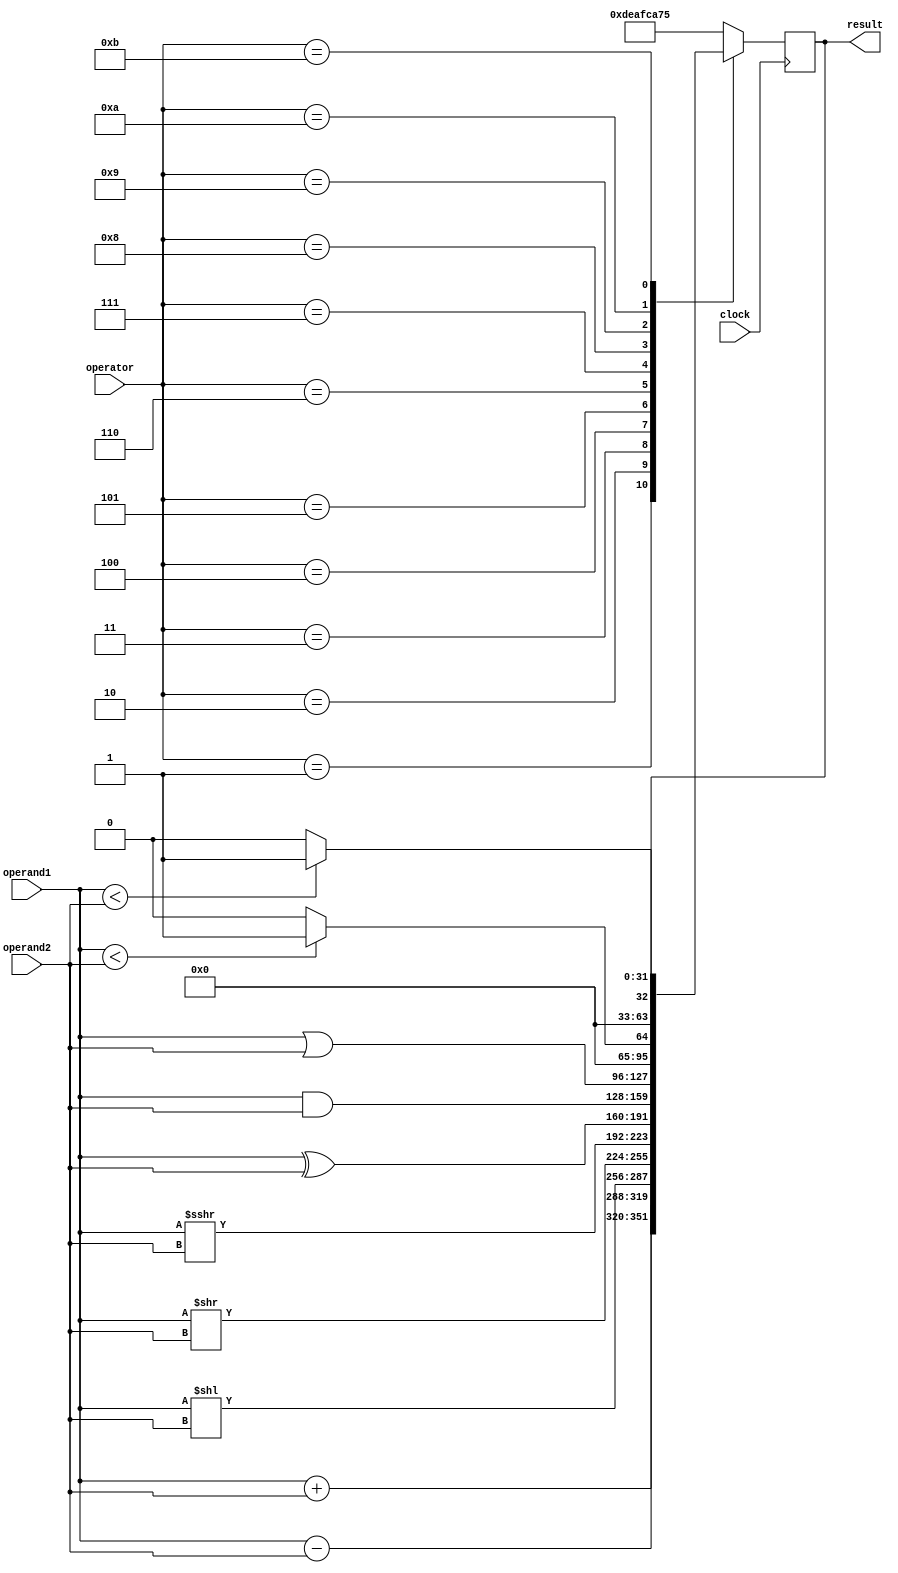
// This program was cloned from: https://github.com/bradgrantham/alice5
// License: Apache License 2.0

// ALU
module ALU
    #(parameter WORD_WIDTH=32) 
(
    input wire clock,
    input wire [WORD_WIDTH-1:0] operand1,
    input wire [WORD_WIDTH-1:0] operand2,
    input wire [3:0] operator,
    output reg [WORD_WIDTH-1:0] result
);

    localparam ALU_OP_ADD = 4'd1;
    localparam ALU_OP_SUB = 4'd2;
    localparam ALU_OP_SLL = 4'd3;
    localparam ALU_OP_SRL = 4'd4;
    localparam ALU_OP_SRA = 4'd5;
    localparam ALU_OP_XOR = 4'd6;
    localparam ALU_OP_AND = 4'd7;
    localparam ALU_OP_OR = 4'd8;
    localparam ALU_OP_SLT = 4'd9;
    localparam ALU_OP_SLTU = 4'd10;
    localparam ALU_OP_NONE = 4'd11;

    always @(posedge clock) begin

        case(operator)
           ALU_OP_ADD: begin
               result <= $signed(operand1) + $signed(operand2);
           end
           ALU_OP_SUB: begin
               result <= $signed(operand1) - $signed(operand2);
           end
           ALU_OP_SLL: begin
               result <= operand1 << operand2;
           end
           ALU_OP_SRL: begin
               result <= operand1 >> operand2;
           end
           ALU_OP_SRA: begin
               result <= $signed(operand1) >>> operand2;
           end
           ALU_OP_XOR: begin
               result <= operand1 ^ operand2;
           end
           ALU_OP_AND: begin
               result <= operand1 & operand2;
           end
           ALU_OP_OR: begin
               result <= operand1 | operand2;
           end
           ALU_OP_SLT: begin
               result <= ($signed(operand1) < $signed(operand2)) ? 1 : 0;
           end
           ALU_OP_SLTU: begin
               result <= (operand1 < operand2) ? 1 : 0;
           end
           ALU_OP_NONE: begin
           end
           default: begin
               result <= 32'hdeafca75;
           end
        endcase

    end

endmodule